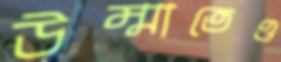
উম্মাতেও